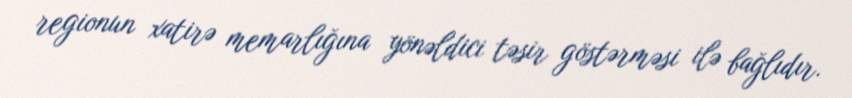
regionun xatirə memarlığına yönəldici təsir göstərməsi ilə bağlıdır.